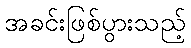
အခင်းဖြစ်ပွားသည့်